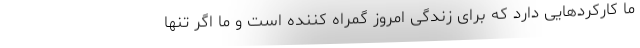
ما کارکردهایی دارد که برای زندگی امروز گمراه کننده است و ما اگر تنها